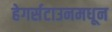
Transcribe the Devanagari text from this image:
हेगर्सटाउनमधून